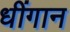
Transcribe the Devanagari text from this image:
धींगान